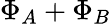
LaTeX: {\Phi_{A}}+{\Phi_{B}}